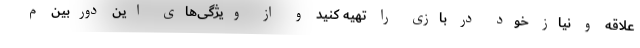
علاقه و نیاز خود در بازی را تهیه کنید و از ویژگی‌های این دوربین م